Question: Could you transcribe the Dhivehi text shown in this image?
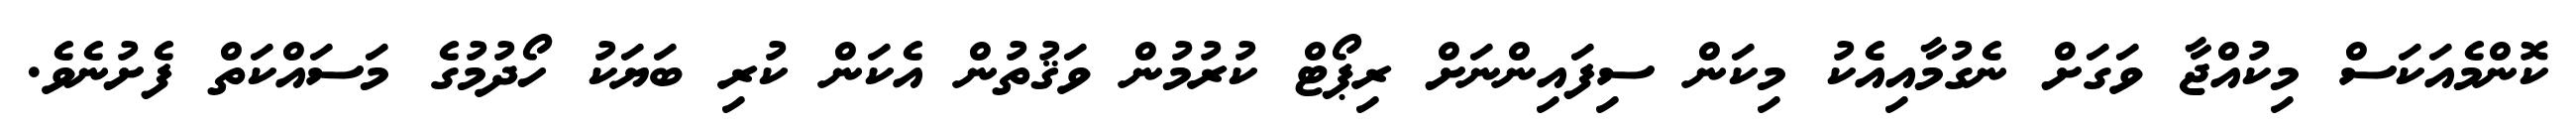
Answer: ކޮންމެއަކަސް މިކުއްޖާ ވަގަށް ނެގުމާއިއެކު މިކަން ސިފައިންނަށް ރިޕޯޓް ކުރުމުން ވަޤުތުން އެކަން ކުރި ބަޔަކު ހޯދުމުގެ މަސައްކަތް ފެށުނެވެ.